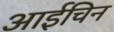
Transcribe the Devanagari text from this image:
आईचिन